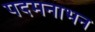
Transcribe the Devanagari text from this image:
पदमनाभन